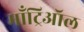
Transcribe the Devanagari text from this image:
माँट्रिऑल